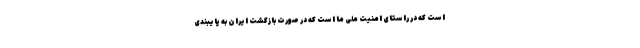
است که در راستای امنیت ملی ما است که در صورت بازگشت ایران به پایبندی